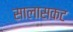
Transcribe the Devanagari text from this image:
सालासकट